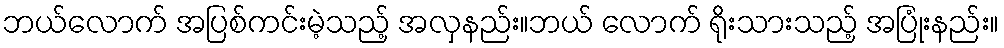
ဘယ်လောက် အပြစ်ကင်းမဲ့သည့် အလှနည်း။ဘယ် လောက် ရိုးသားသည့် အပြုံးနည်း။